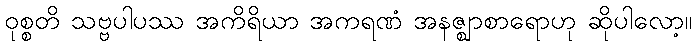
ဝုစ္စတိ သဗ္ဗပါပဿ အကိရိယာ အကရဏံ အနဇ္ဈာစာရောဟု ဆိုပါလော့။